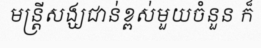
មន្ត្រីសង្ឃជាន់ខ្ពស់មួយចំនួន ក៏